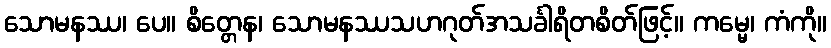
သောမနဿ၊ ပေ။ စိတ္တေန၊ သောမနဿသဟဂုတ်အသင်္ခါရိတစိတ်ဖြင့်။ ကမ္မေ၊ ကံကို။